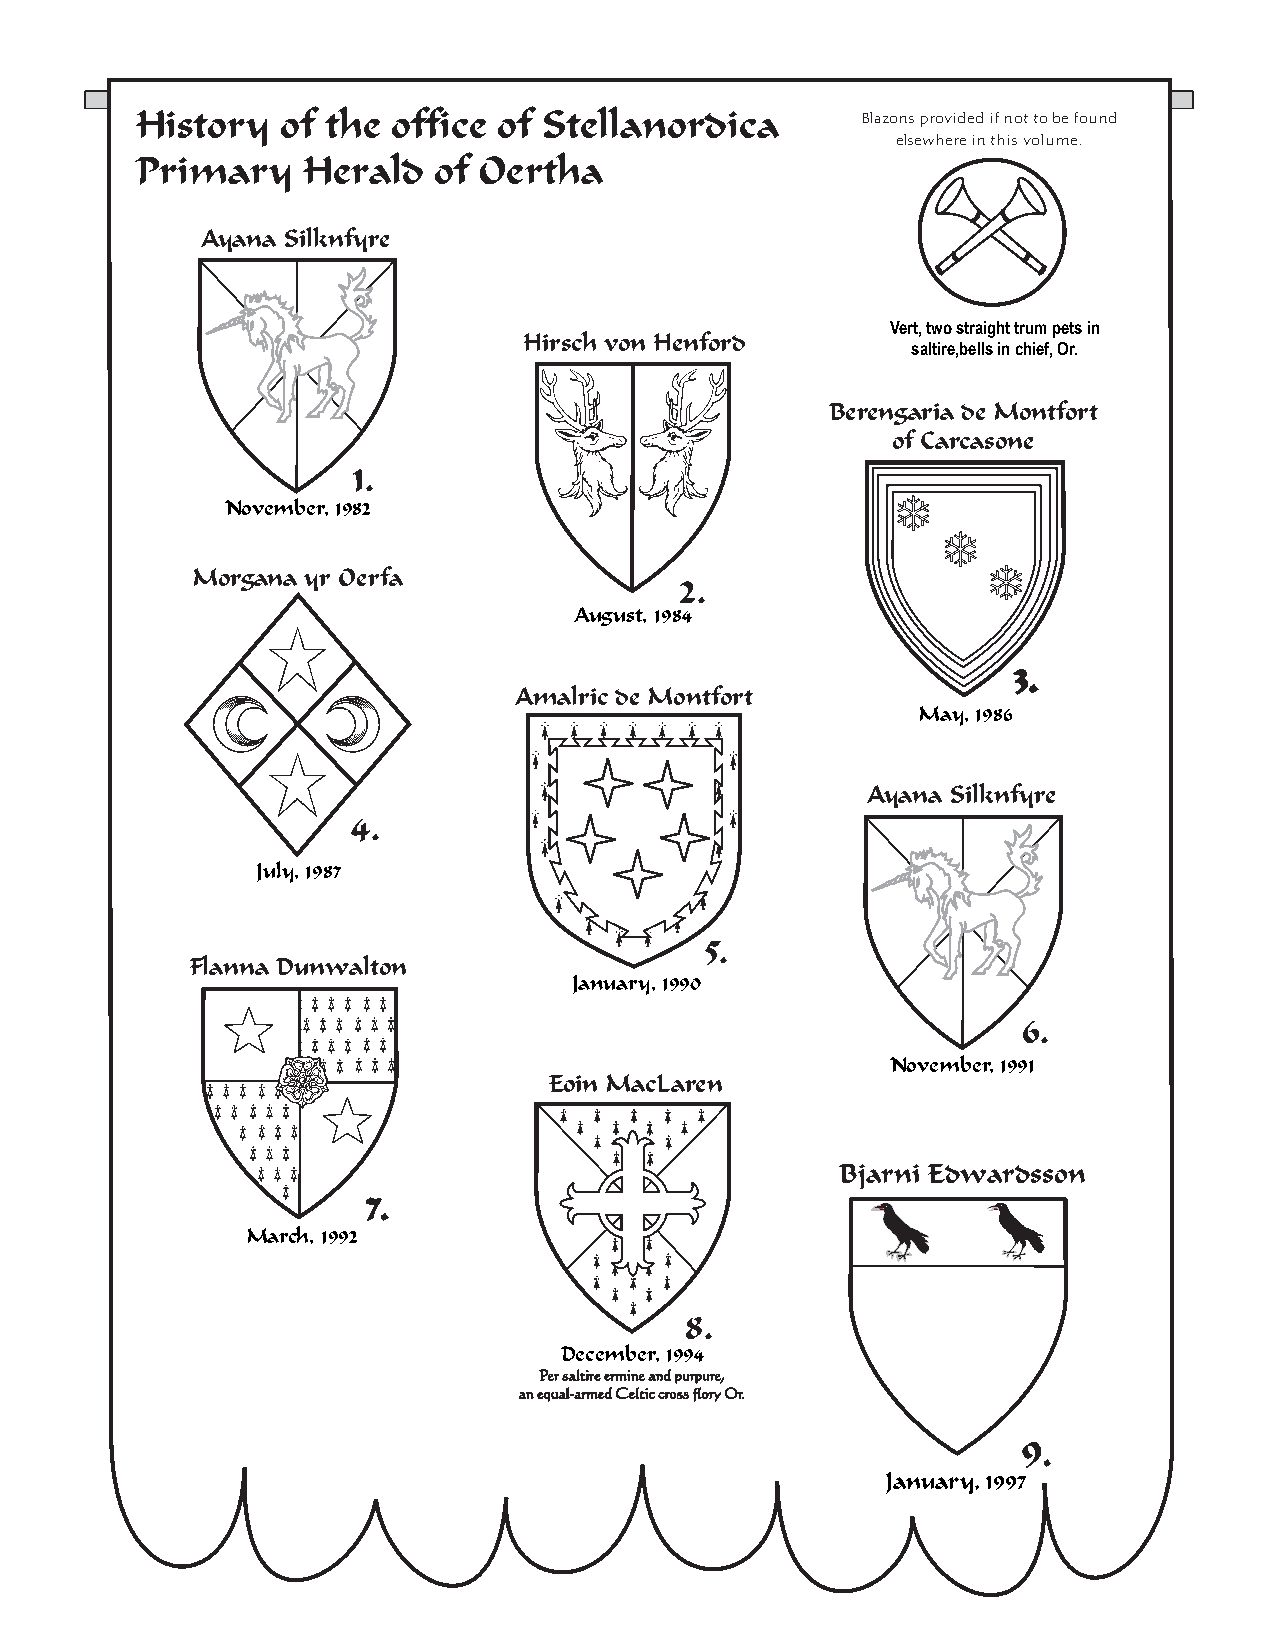
History   of the office of Stellanordica        Blazons provided if not to be found
 elsewhere in this volume.
 Primary    Herald   of Oertha
 Ayana Silknfyre
 Vert, two straight trum pets in
 Hirsch von Henford
 saltire,bells in chief, Or.
 Berengaria de Montfort
 of Carcasone
 1.
 November, 1982
 Morgana yr Oerfa
 2.
 August, 1984
 3.
 Amalric de Montfort
 May, 1986
 Ayana Silknfyre
 4.
 July, 1987
 5.
 Flanna Dunwalton
 January, 1990
 6.
 November, 1991
 Eoin MacLaren
 Bjarni Edwardsson
 7.
 March, 1992
 8.
 December, 1994
 Per saltire ermine and purpure,
 an equal-armed Celtic cross flory Or.
 9.
 January, 1997